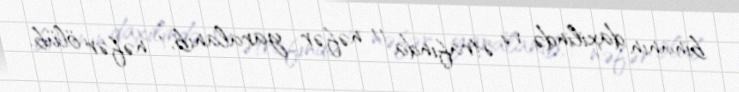
binanın daxilində və ətrafında 11 nəfər yaralanıb, 1 nəfər ölüb.